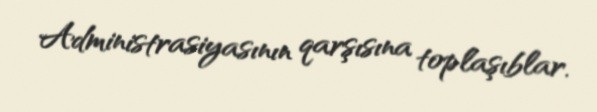
Administrasiyasının qarşısına toplaşıblar.